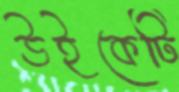
উইকেটি